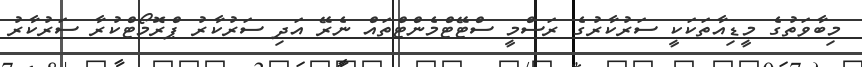
މިބާވަތުގެ މީޑިއާތަކަކީ ސަރުކާރުގެ ރަސްމީ ސްޓޭޓްމެންޓްތައް ނެރޭ އަދި ސަރުކާރު ޕްރޮމޯޓްކުރާ ސަރުކާރު